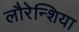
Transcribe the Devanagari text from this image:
लौरेन्शिया